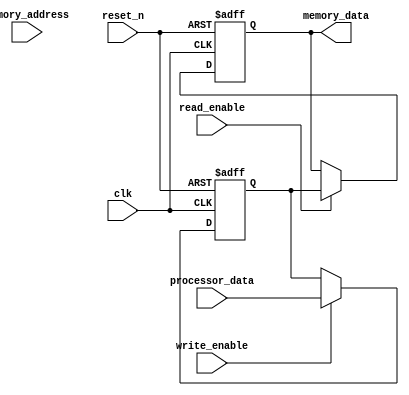
module memory_controller (
    input wire clk,
    input wire reset_n,
    input wire [31:0] memory_address,
    input wire [31:0] processor_data,
    input wire write_enable,
    input wire read_enable,
    output reg [31:0] memory_data
);

// Address decoder
reg [31:0] memory_location;

always @ (posedge clk or negedge reset_n) begin
    if (!reset_n) begin
        memory_location <= 32'b0;
    end else begin
        if (memory_address[3:0] == 4'b0000) begin
            memory_location <= memory_address[31:4];
        end else begin
            // Handle other memory address decoding logic
            // if needed in the future
        end
    end
end

// Data buffer
reg [31:0] data_buffer;

always @ (posedge clk or negedge reset_n) begin
    if (!reset_n) begin
        data_buffer <= 32'b0;
    end else begin
        if (write_enable) begin
            data_buffer <= processor_data;
        end
    end
end

// Write enable signal generator
reg write_enabled;

always @ (posedge clk or negedge reset_n) begin
    if (!reset_n) begin
        write_enabled <= 1'b0;
    end else begin
        if (write_enable) begin
            write_enabled <= 1'b1;
        end
    end
end

// Read/write operation controller
always @ (posedge clk or negedge reset_n) begin
    if (!reset_n) begin
        memory_data <= 32'b0;
    end else begin
        if (read_enable) begin
            memory_data <= data_buffer;
        end
    end
end

endmodule